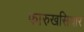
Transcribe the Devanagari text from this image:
फारुखसियार